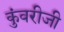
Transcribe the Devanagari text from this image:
कुंवरीजी